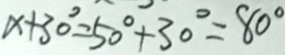
x + 3 0 ^ { \circ } = 5 0 ^ { \circ } + 3 0 ^ { \circ } = 8 0 ^ { \circ }